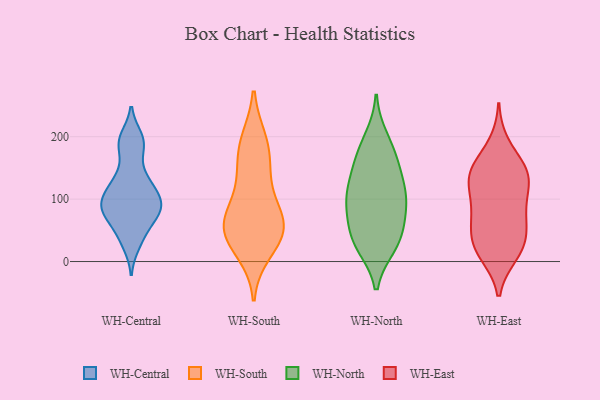
{"axis": {"x": "Market Share (%)", "y": "Value"}, "legend": ["WH-Central", "WH-East", "WH-North", "WH-South"], "data": [{"x": "", "y": 141, "type": "WH-Central"}, {"x": "", "y": 198, "type": "WH-Central"}, {"x": "", "y": 191, "type": "WH-Central"}, {"x": "", "y": 107, "type": "WH-Central"}, {"x": "", "y": 74, "type": "WH-Central"}, {"x": "", "y": 121, "type": "WH-Central"}, {"x": "", "y": 75, "type": "WH-Central"}, {"x": "", "y": 186, "type": "WH-Central"}, {"x": "", "y": 90, "type": "WH-Central"}, {"x": "", "y": 128, "type": "WH-Central"}, {"x": "", "y": 189, "type": "WH-Central"}, {"x": "", "y": 49, "type": "WH-Central"}, {"x": "", "y": 84, "type": "WH-Central"}, {"x": "", "y": 28, "type": "WH-Central"}, {"x": "", "y": 94, "type": "WH-Central"}, {"x": "", "y": 37, "type": "WH-Central"}, {"x": "", "y": 124, "type": "WH-Central"}, {"x": "", "y": 85, "type": "WH-Central"}, {"x": "", "y": 79, "type": "WH-Central"}, {"x": "", "y": 96, "type": "WH-Central"}, {"x": "", "y": 87, "type": "WH-South"}, {"x": "", "y": 52, "type": "WH-South"}, {"x": "", "y": 52, "type": "WH-South"}, {"x": "", "y": 157, "type": "WH-South"}, {"x": "", "y": 46, "type": "WH-South"}, {"x": "", "y": 192, "type": "WH-South"}, {"x": "", "y": 186, "type": "WH-South"}, {"x": "", "y": 51, "type": "WH-South"}, {"x": "", "y": 126, "type": "WH-South"}, {"x": "", "y": 18, "type": "WH-South"}, {"x": "", "y": 64, "type": "WH-South"}, {"x": "", "y": 117, "type": "WH-North"}, {"x": "", "y": 177, "type": "WH-North"}, {"x": "", "y": 25, "type": "WH-North"}, {"x": "", "y": 154, "type": "WH-North"}, {"x": "", "y": 54, "type": "WH-North"}, {"x": "", "y": 30, "type": "WH-North"}, {"x": "", "y": 163, "type": "WH-North"}, {"x": "", "y": 90, "type": "WH-North"}, {"x": "", "y": 27, "type": "WH-North"}, {"x": "", "y": 128, "type": "WH-North"}, {"x": "", "y": 104, "type": "WH-North"}, {"x": "", "y": 198, "type": "WH-North"}, {"x": "", "y": 99, "type": "WH-North"}, {"x": "", "y": 50, "type": "WH-North"}, {"x": "", "y": 87, "type": "WH-North"}, {"x": "", "y": 153, "type": "WH-East"}, {"x": "", "y": 83, "type": "WH-East"}, {"x": "", "y": 128, "type": "WH-East"}, {"x": "", "y": 104, "type": "WH-East"}, {"x": "", "y": 17, "type": "WH-East"}, {"x": "", "y": 143, "type": "WH-East"}, {"x": "", "y": 12, "type": "WH-East"}, {"x": "", "y": 140, "type": "WH-East"}, {"x": "", "y": 42, "type": "WH-East"}, {"x": "", "y": 58, "type": "WH-East"}, {"x": "", "y": 136, "type": "WH-East"}, {"x": "", "y": 140, "type": "WH-East"}, {"x": "", "y": 31, "type": "WH-East"}, {"x": "", "y": 87, "type": "WH-East"}, {"x": "", "y": 187, "type": "WH-East"}, {"x": "", "y": 63, "type": "WH-East"}, {"x": "", "y": 17, "type": "WH-East"}]}